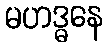
မဟဒ္ဓနေ